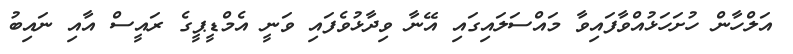
އަލްހާން ހުށަހަޅުއްވާފައިވާ މައްސަލައިގައި އޭނާ ވިދާޅުވެފައި ވަނީ އެމްޑީޕީގެ ރައީސް އާއި ނައިބު